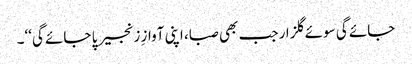
جائے گی سوئے گلزار جب بھی صبا، اپنی آوازِ زنجیر پا جائے گی‘‘۔